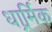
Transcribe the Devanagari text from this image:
धार्र्मिक